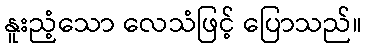
နူးညံ့သော လေသံဖြင့် ပြောသည်။